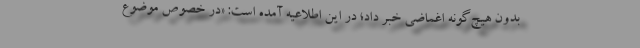
بدون هیچ‌گونه اغماضی خبر داد؛ در این اطلاعیه آمده است: «در خصوص موضوع